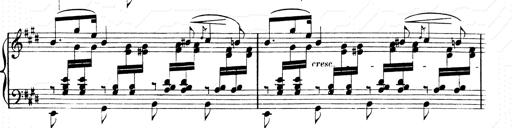
Title: 2 Transcriptions d'aprÃ¨s Rossini
Composer: Franz Liszt